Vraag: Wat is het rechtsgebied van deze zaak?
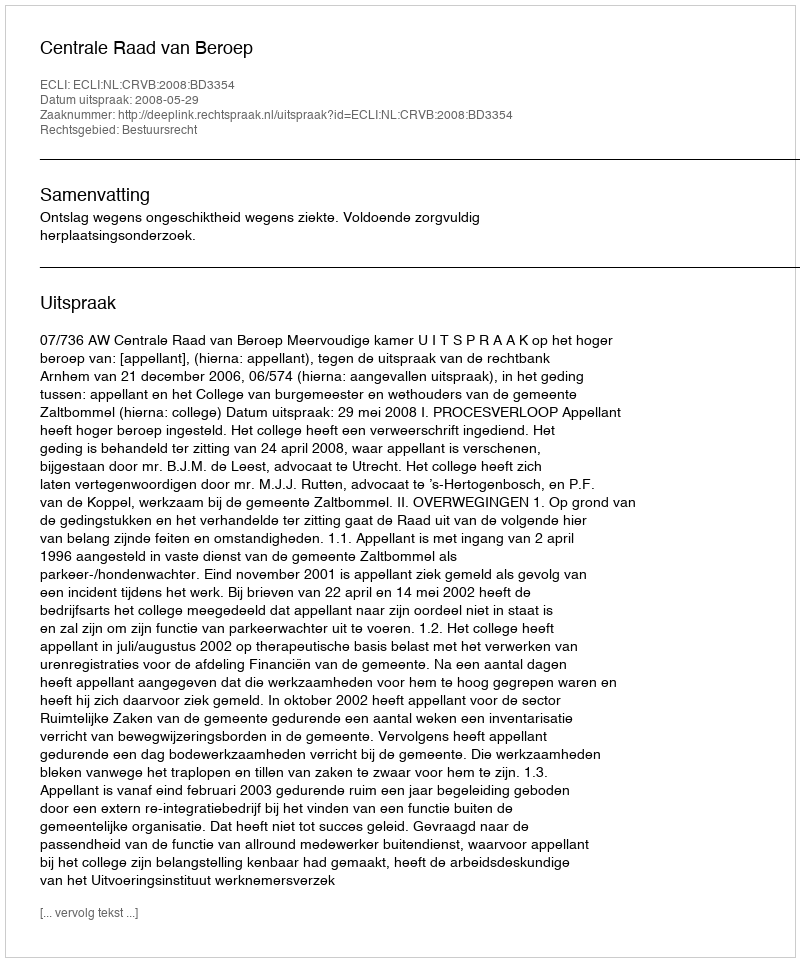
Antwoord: Bestuursrecht